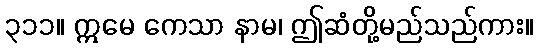
၃၁၁။ ဣမေ ကေသာ နာမ၊ ဤဆံတို့မည်သည်ကား။